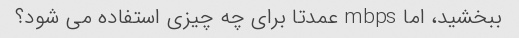
ببخشید، اما mbps عمدتا برای چه چیزی استفاده می شود؟